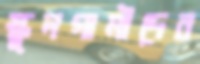
স্কুলগামীদের